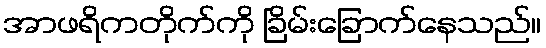
အာဖရိကတိုက်ကို ခြိမ်းခြောက်နေသည်။